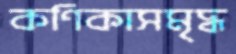
কণিকাসমৃদ্ধ